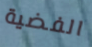
الفضية